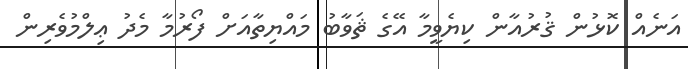
އަނެއް ކޮޅުން ޤުރުއާން ކިޔެވީމާ އޭގެ ޘަވާބު މައްޔިތާއަށް ފޯރުމާ މެދު ޢިލްމުވެރިން